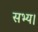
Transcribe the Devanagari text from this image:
सभ्य।